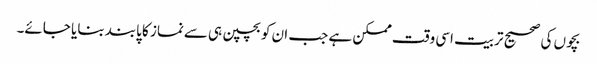
بچوں کی صحیح تربیت اسی وقت ممکن ہے جب ان کوبچپن ہی سےنماز کا پابند بنایا جائے۔